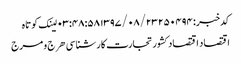
کدخبر: ۲۵۰۴۹۴ ۱۳۹۷/۰۸/۲۳ ۰۳:۴۸:۵۸ لینک کوتاه
اقتصاد اقتصاد کشور تجارت کارشناسی هرج و مرج